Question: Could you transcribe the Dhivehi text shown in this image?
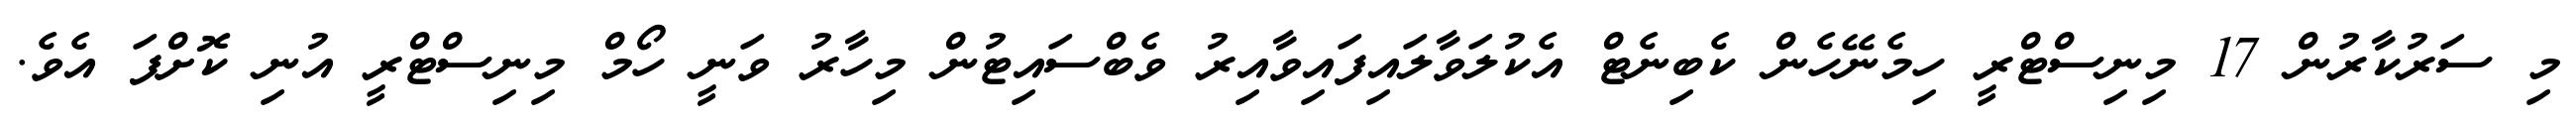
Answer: މި ސަރުކާރުން 17 މިނިސްޓްރީ ހިމެނޭހެން ކެބިނެޓް އެކުލަވާލައިފައިވާއިރު ވެބްސައިޓުން މިހާރު ވަނީ ހޯމް މިނިސްޓްރީ އުނި ކޮށްފަ އެވެ.